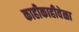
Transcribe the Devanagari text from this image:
काहीकाहीवेळा